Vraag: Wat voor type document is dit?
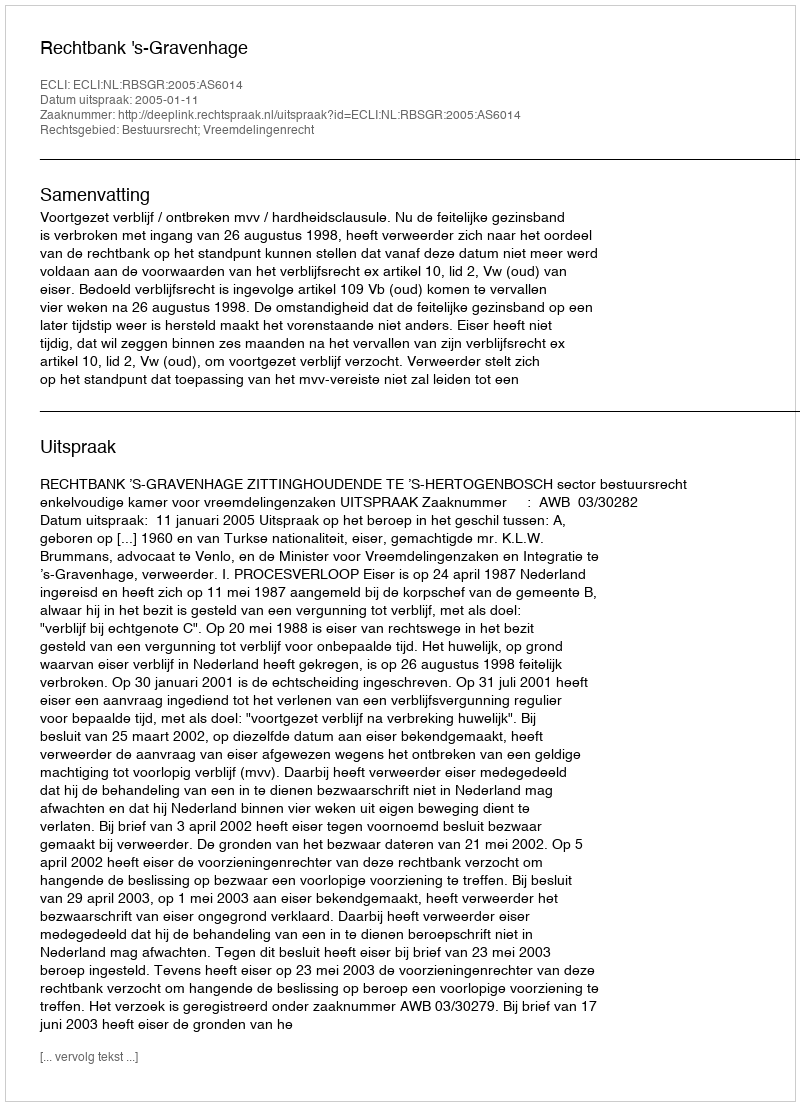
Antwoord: Uitspraak